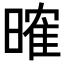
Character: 𣉒